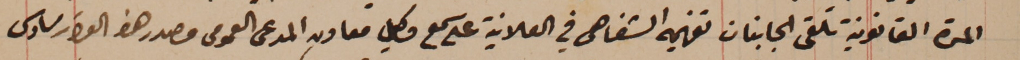
المدة القانونية تلقى الجانبان تفهيمه الشفاهي في العلانية على سمع وكيل معاون المدعى العمومى مصدر هذا القرار سادس